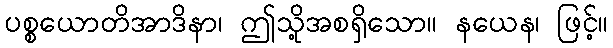
ပစ္စယောတိအာဒိနာ၊ ဤသို့အစရှိသော။ နယေန၊ ဖြင့်။